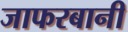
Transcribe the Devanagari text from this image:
जाफरबानी